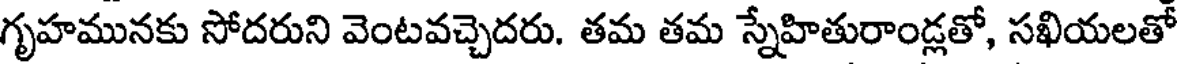
గృహమునకు సోదరుని వెంటవచ్చెదరు. తమ తమ స్నేహితురాండ్లతో, సఖియలతో